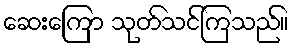
ဆေးကြော သုတ်သင်ကြသည်။